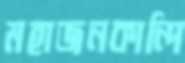
মহাজনকান্দি